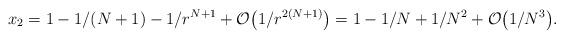
LaTeX: \begin{align*}x_2=1-1/(N+1) - 1/r^{N+1} + {\cal O}\bigl( 1/r^{2(N+1)} \bigr)= 1-1/N + 1/N^{2} + {\cal O}\bigl(1/N^3 \bigr).\end{align*}